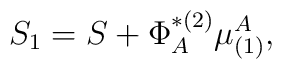
S_1=S+\Phi _A^{*(2)}\mu _{(1)}^A,